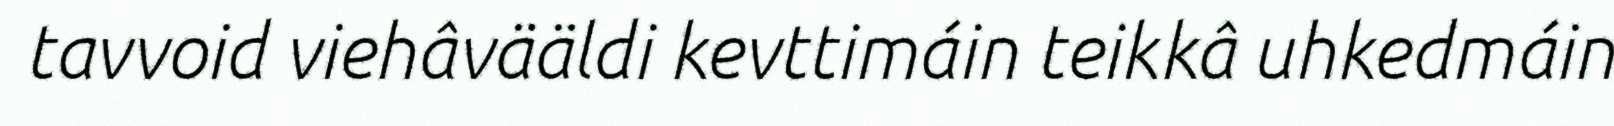
tavvoid viehâvääldi kevttimáin teikkâ uhkedmáin